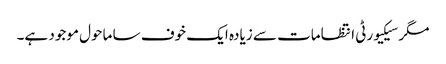
مگر سیکیورٹی انتظامات سے زیادہ ایک خوف سا ماحول موجود ہے۔